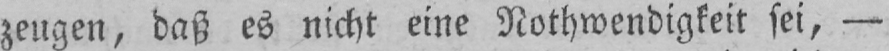
zeugen, daß es nicht eine Nothwendigkeit sei, -